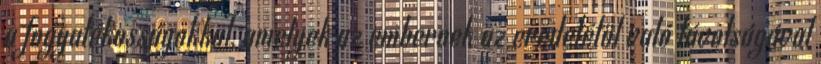
a fogyatékosságokkal, amelyek az embernek az eredetétől való távolságával